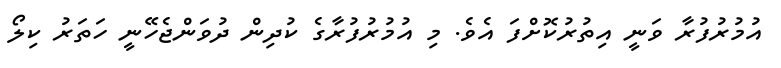
އުމުރުފުރާ ވަނީ އިތުރުކޮށްފަ އެވެ. މި އުމުރުފުރާގެ ކުދިން ދުވަންޖެހޭނީ ހަތަރު ކިލޯ